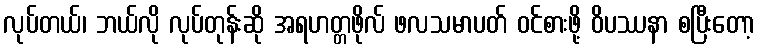
လုပ်တယ်၊ ဘယ်လို လုပ်တုန်းဆို အရဟတ္တဖိုလ် ဖလသမာပတ် ဝင်စားဖို့ ဝိပဿနာ စပြီးတော့